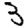
Digit: 3